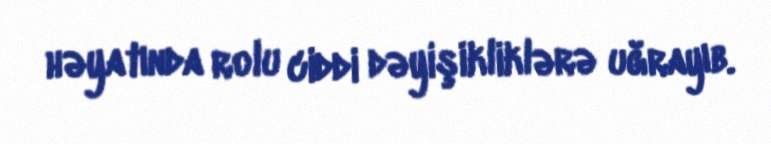
həyatında rolu ciddi dəyişikliklərə uğrayıb.